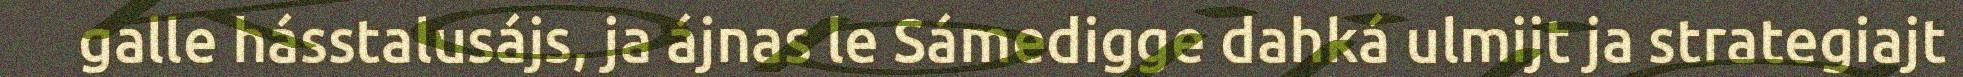
galle hásstalusájs, ja ájnas le Sámedigge dahká ulmijt ja strategiajt